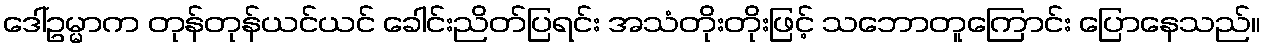
ဒေါ်ဥမ္မာက တုန်တုန်ယင်ယင် ခေါင်းညိတ်ပြရင်း အသံတိုးတိုးဖြင့် သဘောတူကြောင်း ပြောနေသည်။